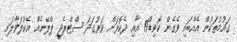
ގައުމުތަކުން އެއްބައި ވެގެން ކޮވިޑް19 އާއި ދެކޮޅަށް ވަރުގަދަ ސްޓްރެޖީ ޕްލޭނެއް އެކުލަވާލައި